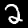
Digit: 2